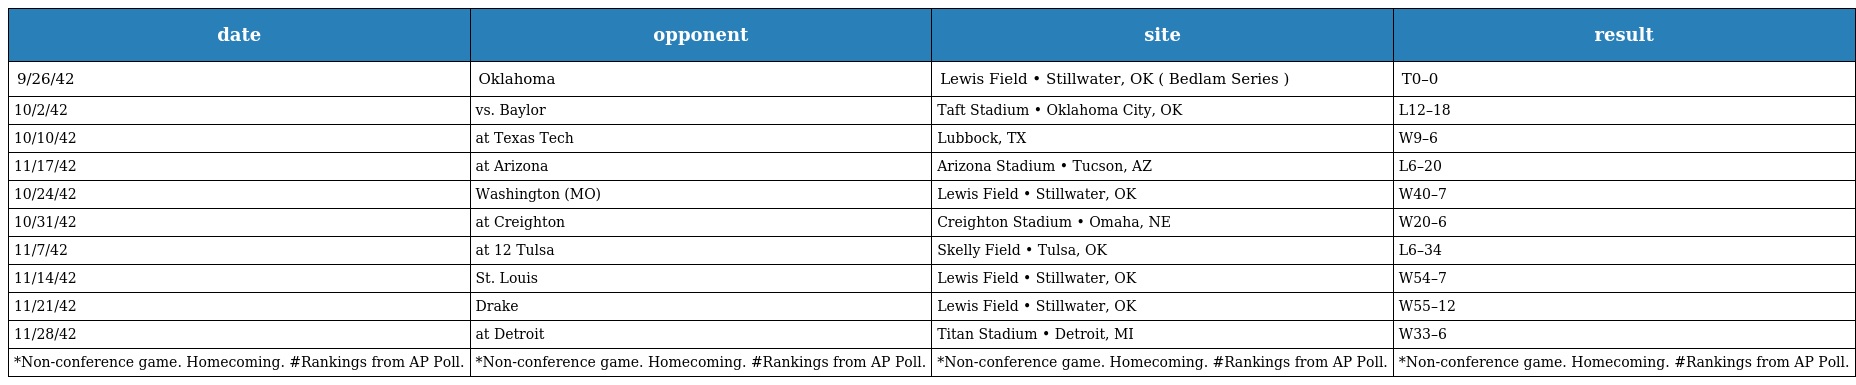
| date | opponent | site | result |
 | --- | --- | --- | --- |
 | 9/26/42 | Oklahoma | Lewis Field • Stillwater, OK ( Bedlam Series ) | T0–0 |
 | 10/2/42 | vs. Baylor | Taft Stadium • Oklahoma City, OK | L12–18 |
 | 10/10/42 | at Texas Tech | Lubbock, TX | W9–6 |
 | 11/17/42 | at Arizona | Arizona Stadium • Tucson, AZ | L6–20 |
 | 10/24/42 | Washington (MO) | Lewis Field • Stillwater, OK | W40–7 |
 | 10/31/42 | at Creighton | Creighton Stadium • Omaha, NE | W20–6 |
 | 11/7/42 | at 12 Tulsa | Skelly Field • Tulsa, OK | L6–34 |
 | 11/14/42 | St. Louis | Lewis Field • Stillwater, OK | W54–7 |
 | 11/21/42 | Drake | Lewis Field • Stillwater, OK | W55–12 |
 | 11/28/42 | at Detroit | Titan Stadium • Detroit, MI | W33–6 |
 | *Non-conference game. Homecoming. #Rankings from AP Poll. | *Non-conference game. Homecoming. #Rankings from AP Poll. | *Non-conference game. Homecoming. #Rankings from AP Poll. | *Non-conference game. Homecoming. #Rankings from AP Poll. |